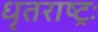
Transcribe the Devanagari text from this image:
धृतराष्ट्रः